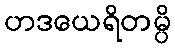
ဟဒယေရိတမ္ပိ